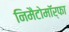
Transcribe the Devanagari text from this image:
निमैटोमॉर्फा